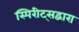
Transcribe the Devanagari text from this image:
स्पिरीट्सद्वारा